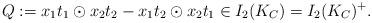
LaTeX: \begin{align*}Q := x_1 t_1 \odot x_2 t_2 - x_1 t_2 \odot x_2 t_1 \in I_2(K_C) = I_2(K_C)^+.\end{align*}